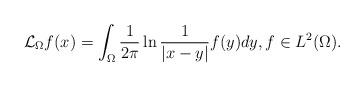
LaTeX: \begin{align*}\mathcal{L}_{\Omega}f(x)=\int_{\Omega}\frac{1}{2\pi}\ln\frac{1}{|x-y|}f(y)dy,f\in L^{2}(\Omega).\end{align*}